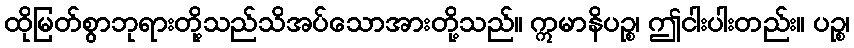
ထိုမြတ်စွာဘုရားတို့သည်သိအပ်သောအားတို့သည်။ ဣမာနိပဉ္စ၊ ဤငါးပါးတည်း။ ပဉ္စ၊